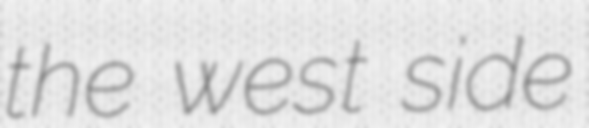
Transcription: the west side